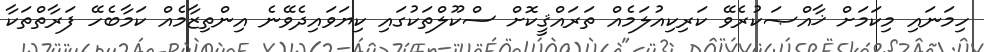
ހިމަނައި މިކަމަށް ޚާއްޞަކުރެވޭ ކަރިކިއުލަމެއް ތަރައްޤީކޮށް ސްކޫލްތަކުގައި ކިޔަވައިދެވޭނެ އިންތިޒާމެއް ކަމާބެހޭ ފަރާތްތަކާ